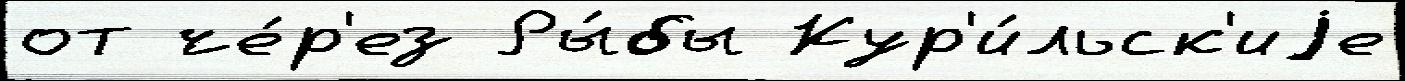
от че́р'ез Ры́бы Кур'и́льск'иjе